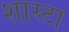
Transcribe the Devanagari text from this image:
शास्टा